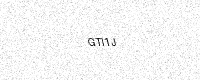
Text: GTI1J